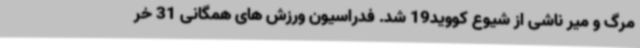
مرگ و میر ناشی از شیوع کووید19 شد. فدراسیون ورزش های همگانی 31 خر